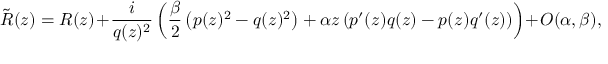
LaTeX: { \tilde { R } } ( z ) = R ( z ) + \frac { i } { q ( z ) ^ { 2 } } \left( \frac { \beta } { 2 } \left( p ( z ) ^ { 2 } - q ( z ) ^ { 2 } \right) + \alpha z \left( p ^ { \prime } ( z ) q ( z ) - p ( z ) q ^ { \prime } ( z ) \right) \right) + O ( \alpha , \beta ) ,